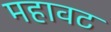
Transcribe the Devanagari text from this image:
महावट